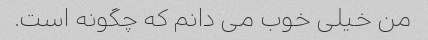
من خیلی خوب می دانم که چگونه است.